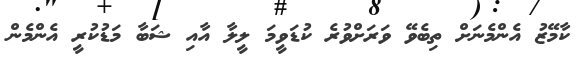
ކާމޭޒު އެންމެނަށް ތިބެވޭ ވަރަށްވުރެ ކުޑަވީމަ ލީލާ އާއި ޝަބާ މަޑުކުރީ އެންމެން